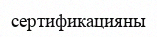
сертификацияны